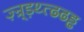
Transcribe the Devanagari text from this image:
ज़्न्र्ड़थ्त्ढढड्ढ